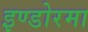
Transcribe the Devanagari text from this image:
इण्डोरमा